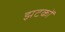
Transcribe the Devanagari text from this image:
झटकोँ